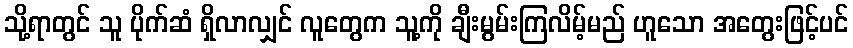
သို့ရာတွင် သူ ပိုက်ဆံ ရှိလာလျှင် လူတွေက သူ့ကို ချီးမွမ်းကြလိမ့်မည် ဟူသော အတွေးဖြင့်ပင်